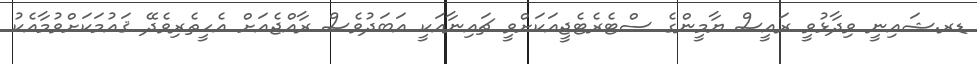
ޑރ.ޝައިނީ ވިދާޅުވީ ރައީސް ޔާމީންގެ ސްޓެރެޓެޖީއަކަށްވީ ޗައިނާއަކީ އަބަދުވެސް ރާއްޖެއަށް އެހީތެރިވެދޭ ޤައުމަކަށްވުމާއެކު